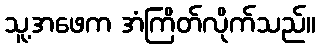
သူ့အဖေက အံကြိတ်လိုက်သည်။